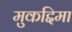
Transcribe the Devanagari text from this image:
मुकद्दिमा